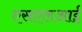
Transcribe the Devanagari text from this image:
एसएलआई